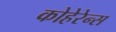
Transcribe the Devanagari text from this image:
कोहेरेन्स